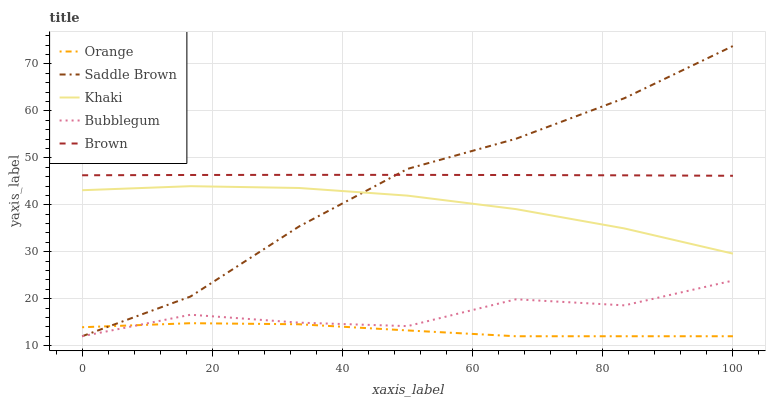
| xaxis_label | Orange | Saddle Brown | Khaki | Bubblegum | Brown |
 | --- | --- | --- | --- | --- | --- |
 | 0 | 13.9 | 12 | 43.1 | 12 | 46.3 |
 | 16.7 | 14.8 | 20.5 | 44 | 16.6 | 46.4 |
 | 33.3 | 14.6 | 35.4 | 43.6 | 14.9 | 46.4 |
 | 50 | 13.2 | 47.7 | 42 | 14.2 | 46.4 |
 | 66.7 | 12 | 54.1 | 39.1 | 19.9 | 46.3 |
 | 83.3 | 12 | 62.7 | 35 | 18.6 | 46.3 |
 | 100 | 12 | 73.8 | 29.6 | 23.9 | 46.2 |